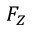
F _ { Z }